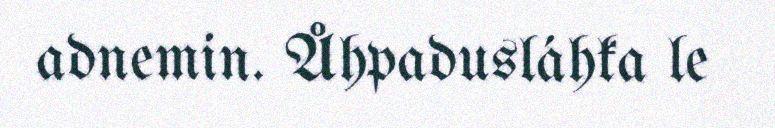
adnemin. Åhpadusláhka le